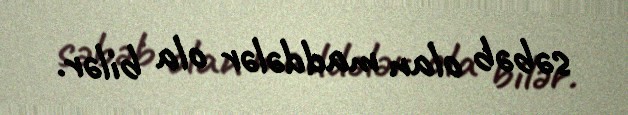
səbəb olan maddələr ola bilər.